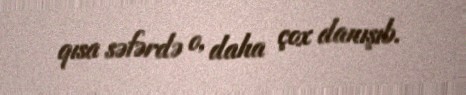
qısa səfərdə o, daha çox danışıb.